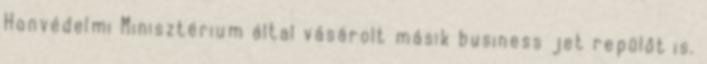
Honvédelmi Minisztérium által vásárolt másik business jet repülőt is.